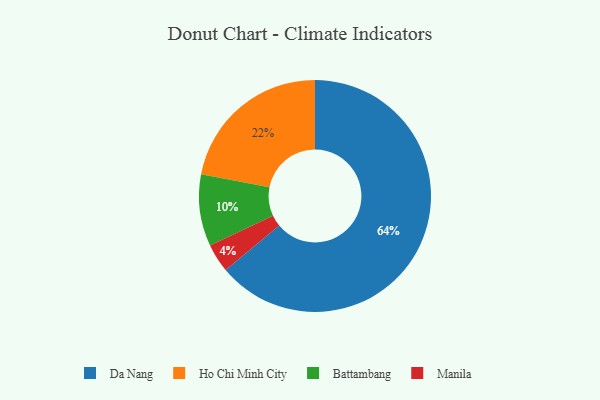
{"axis": {"x": "Category", "y": "Percentage"}, "legend": ["Battambang", "Da Nang", "Ho Chi Minh City", "Manila"], "data": [{"x": "Manila", "y": 4, "type": "Manila"}, {"x": "Da Nang", "y": 64, "type": "Da Nang"}, {"x": "Battambang", "y": 10, "type": "Battambang"}, {"x": "Ho Chi Minh City", "y": 22, "type": "Ho Chi Minh City"}]}